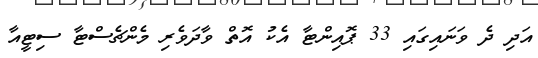
އަދި ދެ ވަނައިގައި 33 ޕޮއިންޓާ އެކު އޮތް ވާދަވެރި މެންޗެސްޓާ ސިޓީއާ